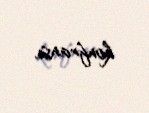
konfransı.